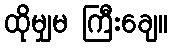
ထိုမျှမ ကြီးချေ။